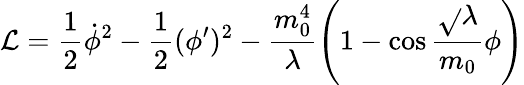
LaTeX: {\cal\mathcal{L}}=\frac{{1}}{{2}}\dot{{\phi}}^{2}-\frac{{1}}{{2}}(\phi^{\prime})^{2}-\frac{{m_{0}^{4}}}{{\lambda}}\left(1-\cos\frac{{\sqrt{}{{\lambda}}}}{{m_{0}}}\phi\right)